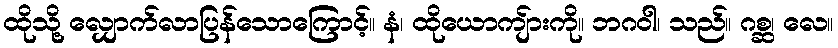
ထိုသို့ လျှောက်လာပြန်သောကြောင့်။ နံ၊ ထိုယောကျ်ားကို။ ဘဂဝါ၊ သည်။ ဂစ္ဆ၊ လေ။